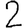
Digit: 2